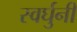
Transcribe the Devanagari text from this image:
स्वर्घुनी